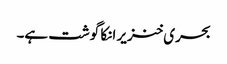
بحری خنزیر انکا گوشت ہے۔